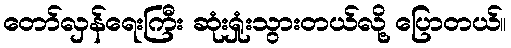
တော်လှန်ရေးကြီး ဆုံးရှုံးသွားတယ်လို့ ပြောတယ်။